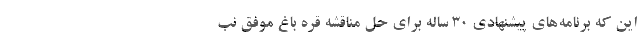
این که برنامه‌های پیشنهادی ۳۰ ساله برای حل مناقشه قره باغ موفق نب